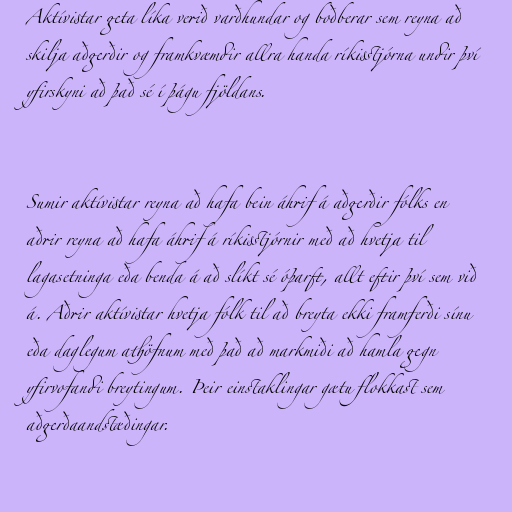
Aktívistar geta líka verið varðhundar og boðberar sem reyna að
skilja aðgerðir og framkvæmdir allra handa ríkisstjórna undir því
yfirskyni að það sé í þágu fjöldans.

Sumir aktívistar reyna að hafa bein áhrif á aðgerðir fólks en
aðrir reyna að hafa áhrif á ríkisstjórnir með að hvetja til
lagasetninga eða benda á að slíkt sé óþarft, allt eftir því sem við
á. Aðrir aktívistar hvetja fólk til að breyta ekki framferði sínu
eða daglegum athöfnum með það að markmiði að hamla gegn
yfirvofandi breytingum. Þeir einstaklingar gætu flokkast sem
aðgerðaandstæðingar.